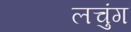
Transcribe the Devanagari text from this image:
लचुंग